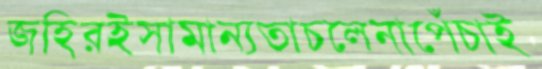
জহিরইসামান্যতাচলেনাপেঁচাই